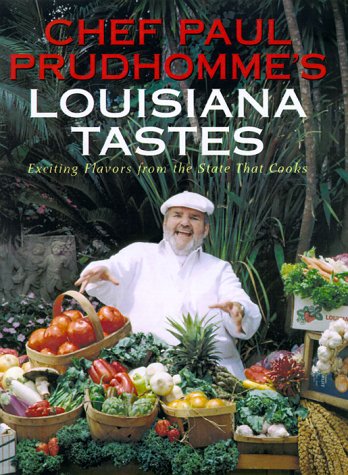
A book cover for Chef Paul Prudhomme's Louisiana Tastes: Exciting Flavors from the State that Cooks; Paul Prudhomme; Cookbooks, Food & Wine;